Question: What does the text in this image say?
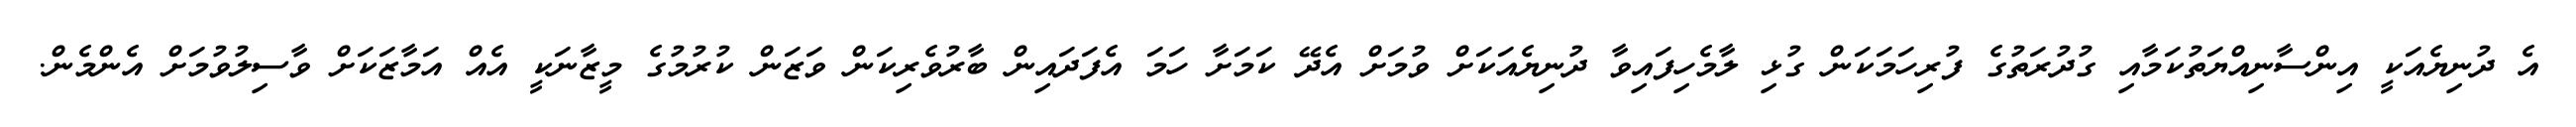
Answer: އެ ދުނިޔެއަކީ އިންސާނިއްޔަތުކަމާއި ގުދުރަތުގެ ފުރިހަމަކަން ގުޅި ލާމެހިފައިވާ ދުނިޔެއަކަށް ވުމަށް އެދޭ ކަމަށާ ހަމަ އެފަދައިން ބާރުވެރިކަން ވަޒަން ކުރުމުގެ މީޒާނަކީ އެއް އަމާޒަކަށް ވާސިލުވުމަށް އެންމެން.